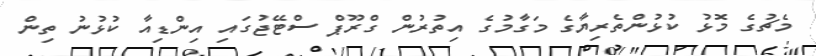
މެޗުގެ މޮޅު ކުޅުންތެރިޔާގެ މަގާމުގެ އިތުރުން ގްރޫޕް ސްޓޭޖުގައި އިންޑިއާ ކުޅުނު ތިން